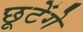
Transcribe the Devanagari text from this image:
छूटेंगे